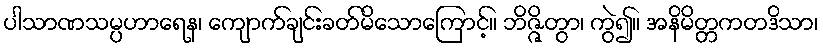
ပါသာဏသမ္ပဟာရေန၊ ကျောက်ချင်းခတ်မိသောကြောင့်။ ဘိဇ္ဇိတွာ၊ ကွဲ၍။ အနိမိတ္တကတဒိသာ၊